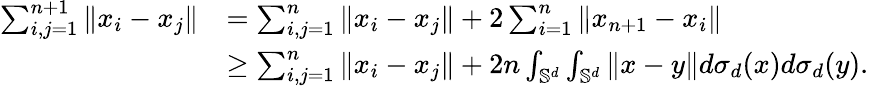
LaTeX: \begin{array}{rl}{\sum_{i,j=1}^{n+1}\| x_{i}-x_{j}\| }&{=\sum_{i,j=1}^{n}\| x_{i}-x_{j}\| +2\sum_{i=1}^{n}\| x_{n+1}-x_{i}\| }\\ &{\geq\sum_{i,j=1}^{n}\| x_{i}-x_{j}\| +2n\int_{\mathbb{S}^{d}}\int_{\mathbb{S}^{d}}\| x-y\| d\sigma_{d}(x)d\sigma_{d}(y).}\end{array}